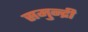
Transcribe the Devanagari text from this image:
समुन्द्री